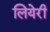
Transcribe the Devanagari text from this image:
लियेरी